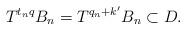
LaTeX: \begin{align*}T^{t_nq}B_n = T^{q_n+k^{\prime}}B_n \subset D. \end{align*}